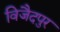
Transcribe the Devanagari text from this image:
विजैदपुर